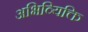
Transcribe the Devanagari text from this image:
अभिव्यिक्ति